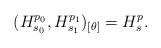
LaTeX: \begin{align*} (H_{s_{0}}^{p_{0}},H_{s_{1}}^{p_{1}})_{\lbrack \theta \rbrack }=H_{s}^{p}.\end{align*}